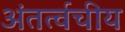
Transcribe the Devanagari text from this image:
अंतर्त्वचीय